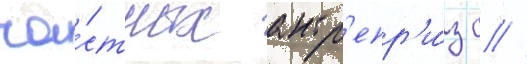
ча́стных антр'епр'и́з с //